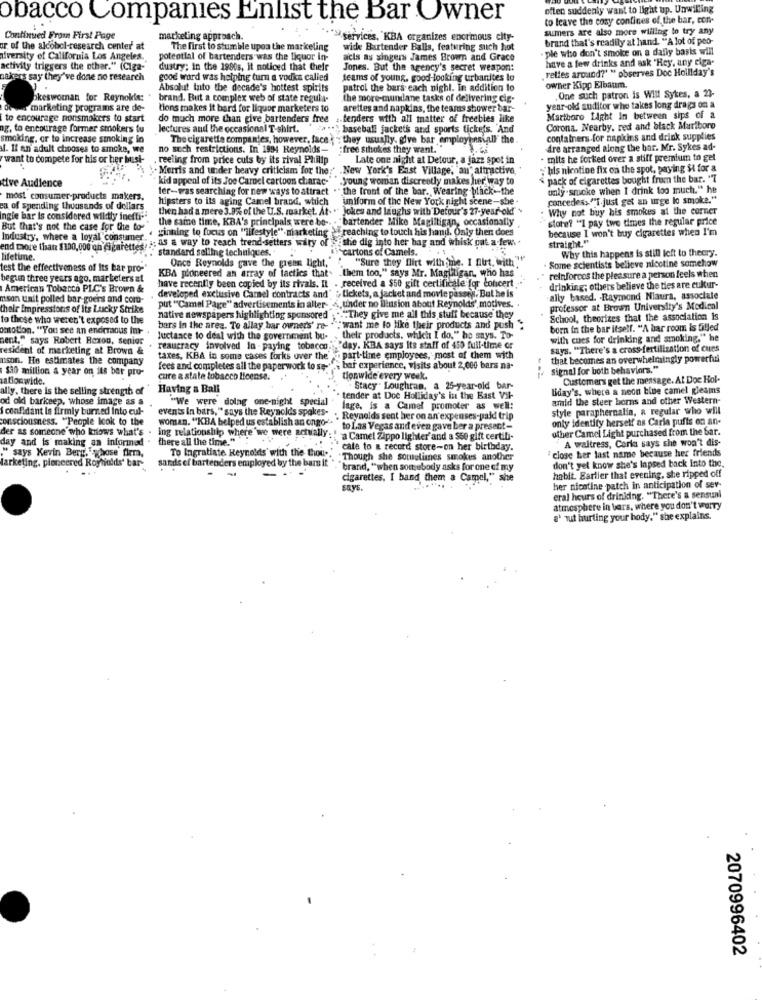
often suddenly want to light up. Unwilling
obacco Companies Enlist the Bar Owner
to leave the cosy confines of the bar, con-
sumers are also more willing to try any
Continued From First Page
marketing approach.
services, KBA organizes enormous city-
brand that's readily at hand. "A lot of peo-
ar of the alcobel-research center at
The first to stumble upon the marketing
wide Bartender Balls, featuring such hot
ple who don't smoke on a daily basis will
niversity of California Los Angeles.
potential of bartenders was the liquor In-
acls as singers James Brown and Grace
have a few drinks and ask "Hey, any ciga-
activity triggers the other." (Ciga-
dustry; in the 1980s, it noticed that their
Jones. But the agency's secret weapon:
relies around?" " observes Doc Holliday's
nakers say they've done no research
good word was helping turn a vodka called
teams of young, good looking urbanites lo
Absolut Into the decade's hottest spirits
patrol the bars each night. In addition to
owner Kipp Elbaum.
bkeswoman for Reynokie:
brand. But a complex web of state regula-
the more-mundane tasks of delivering cie-
One such patron is Will Sykes, a 23-
marketing programs are de-
tions makes it bard for liquor marketers to
arettes and napkins, the tears shower bar-
year-old auditor who takes long drags on a
to encourage nonsmokers to start
do much more than give bartenders free : fenders with all matter of freebles like
-fenders with all matter of freebies like
Martboro Light in between sips of a
ag. to encourage former smokers tu
lectures and the occasional T-shirt.
, baseball jackets and sports tickets. And
Corona. Nearby, red and black Marlboro
smoking, or to increase smoking in
The cigarette companies, however, face ; - they usually, give bar employensiall" the
containers for napkins and drink supplies
il. Il an adult chooses to smoke, we
no sech restrictions. In 1994 Reynolds- free stokes they want."
dre arranged along the bar. Mr. Sykes ad-
want to compete for his or her bust-
reeling from price cuts by its rival Philip
Late one night at Detour, a jazz spot in
mits he forked over a stiff premium to get
Merris and under heavy criticism for the:" New York's East Village,"an" attractive,
"his nicotine fix on the spot, paging $ for a
tive Audience
kid appeal of its Joe Carnel cartoon charac-
young woman discreetly makes her way to
pack of cigarettes bought from the bar. "7
ler-was searching for new ways to attract . " the front of the bar. Wearing black-the
only -smoke when I drink too much." he
most consumer-products makers.
hipsters to its aging Camel brand, which
imiform of the New York night scene-she
concedess ""I.just get an urge lo smoke."
ea of spending thousands of dollars
then had a mere 3.9% of the U.S. market. At ..
Jokes and laughs with Detour's 27-year-old!".
Why not buy his smokes at the corner
ingie bar is considered wil:tly inetti."
the same time, KBA's principals were be-
"bartender Mike Magilligan, occasionally
store? "I pay two times the regular price
But that's not the case for the to-
. grinning to focus on "ilfestyle" marketing
reaching to touch his hand. Only then does
because I won't buy cigarettes when I'm
Industry, where a loyal consumer "
nes: as a way to reach trend setters wiry of
she dig into her bag and whisk ont a few ..
straight."
end more than $100,000 on cigarettes!
standard selling techniques.
cartons of Camels.
Why this happens is still left to thecry.
lifetime.
Once Reynolds gave the green light,"
"Sure they flirt with me. I furt, with ""
Some scientists believe nicotine somehow
test the effectiveness of its bar pro-
KBA pioneered an array of tactics that- them too," says Mr. Magilligan, who has
reinforces the pleasure a person feels when
begun three years ago, marketers at
have recently been copied by its rivals. It . received a $50 gift certificate for concert
received a $50 gift certificate for concert
American Tobacco PLC's Brown &
developed exclusive Camel contracts and" : tickets, a jacket and movie passes. But he is
have recently been copied by its rivals. IL
drinking; others believe the ties are cukur-
mson unit polled bar-goers and cort-
ally based. . Raymond Niaura, associale
their Impressions of Its Lucky Strike
put ""Camel Page" advertisements in alter- 4, tinder no illusion about Reynolds', motives. .
professor at Brown University's Medical
to those who weren't exposed to the
native newspapers highlightlog sponsored
"They give me all this stuff because they
School, theorizes that the association is
omotion. "You see an enormous im-
bars in the area. To allay bar ownets' re-
"want me to like their products and push
born in the bar itself. "A bar room is filled
sent." says Robert Rexon, senior
Juctance to deal with the government bu-
their products, which I do." he says. To-
with cues for drinking and smoking." he
resident of marketing at Brown &
reaucracy involved In - paying tobacco.
"day. KBA says Its staff of 450 full-time or
says. "There's a cross-fertilization of cues
nson. He estimates the company
taxes, KBA in some cases forks over the'
part-time employees, most of them with
that becomes an overwhelmingly powerful
$30 million a year on its ber pro-
fees and completes all the paperwo
bar experience, visits about 2,000 bars na-
signal for both behaviors."
nationwide.
cure a state tobacco license.
tionwide every week.
Customers get the message. Al Doc Hol-
ally, there is the selling strength of
Having a Ball
Stacy " Loughran, a 25-year-old bar-
Biday's, where a neon blue camel gleams
od old barkeep, whose image as a
"We were dolag one-night speci
tender at Doc Holliday's in the Bast Vil-
amid the steer horns and other Western-
i confidant la firmly burned Into cul-
events In bars, " says the Reynolds spokes-
lage, is a Camel promoter as well:
style paraphernalia, a regular who will
consciousness. "People look to the
woman. "KBA helped us establish an ongo -.
. Reynolds sent her on an'expenses-paid trip
only identity herself as Caria puffs on an-
der as someone who knows what's . ing relationship where we were actually;
to Las Vegas and even gave ber a present-
uther Camel Light purchased from the Sar.
day and is making an informed . there all the time."
"a Camel Zippo lighter'and a $50 gift certifi-
A waitress, Coris says she won't dis-
." says Kevin Berg, whose firm,
To Ingratiate Reynolds' with the thou-
cate to a record store-on her birthday.
farketing, pioneered Royholds' bar-
sands of bartenders employed by the bar it
Though she somelines smokes another
' close her last name because her friends
don't yel know she's lapsed back into the.
brand, "when somebody asks for one of my
hablt. Earlier that evening, she ripped off
cigarettes, I band them a Camel," she
her nicotine patch in anticipation of sev-
eral hours of drinking. "Ther
g. "There's a sensual
atmosphere in bars, where you don't worry
a' Tut hurting your body." she explains.
2070996402